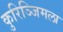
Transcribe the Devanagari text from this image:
कुरिञ्जिमला